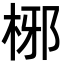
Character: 㭨